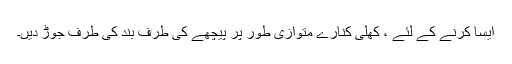
ایسا کرنے کے لئے ، کھلی کنارے متوازی طور پر پیچھے کی طرف بند کی طرف جوڑ دیں۔